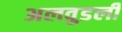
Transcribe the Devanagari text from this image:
अलवुडली